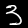
Digit: 3